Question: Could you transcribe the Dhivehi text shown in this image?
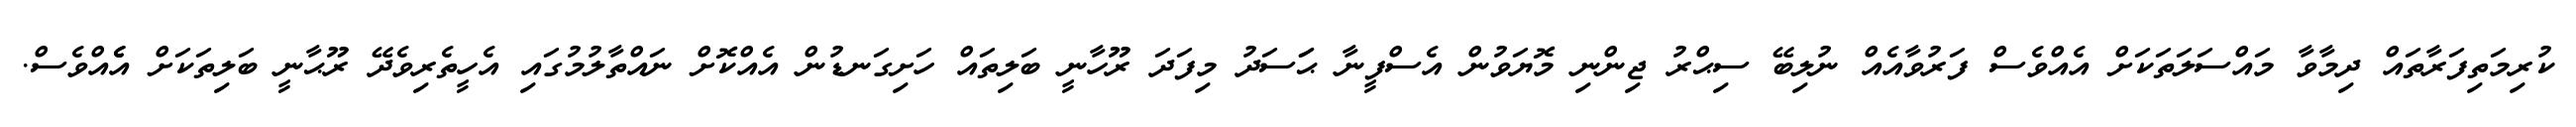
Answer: ކުރިމަތިފަރާތައް ދިމާވާ މައްސަލަތަކަށް އެއްވެސް ފަރުވާއެއް ނުލިބޭ ސިޙްރު ޖިންނި މޮޔަވުން އެސްފީނާ ޙަަސަދު މިފަދަ ރޫހާނީ ބަލިތައް ހަށިގަނޑުން އެއްކޮށް ނައްތާލުމުގައި އެހީތެރިވެދޭ ރޫޙާނީ ބަލިތަކަށް އެެއްވެސް.